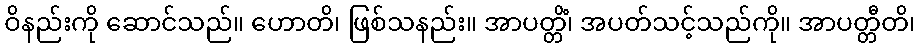
ဝိနည်းကို ဆောင်သည်။ ဟောတိ၊ ဖြစ်သနည်း။ အာပတ္တိံ၊ အပတ်သင့်သည်ကို။ အာပတ္တီတိ၊